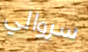
سروالي